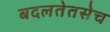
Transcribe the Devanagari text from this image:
बदलतेतसेच